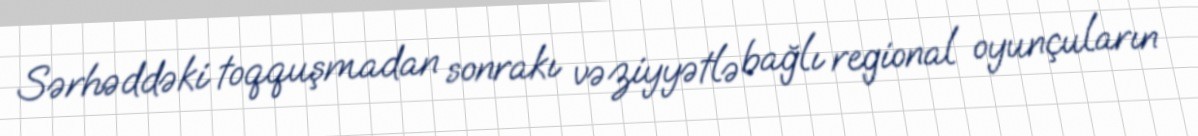
Sərhəddəki toqquşmadan sonrakı vəziyyətlə bağlı regional oyunçuların